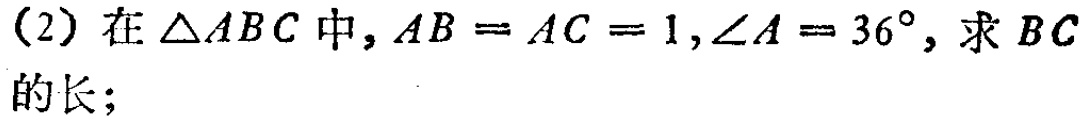
(2) 在\(\triangle ABC\)中，\(AB = AC = 1,\angle A = 36^{\circ}\)，求\(BC\)的长；